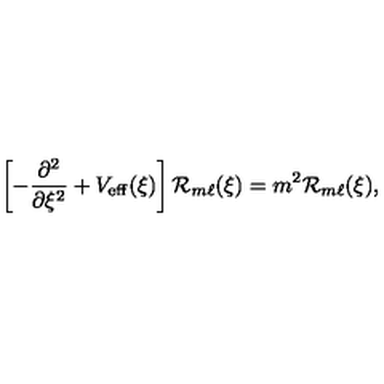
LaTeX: \left[ - \frac { \partial ^ { 2 } } { \partial \xi ^ { 2 } } + V _ { \mathrm { e f f } } ( \xi ) \right] { \cal R } _ { m \ell } ( \xi ) = m ^ { 2 } { \cal R } _ { m \ell } ( \xi ) ,